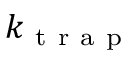
k _ { \mathrm { ~ t ~ r ~ a ~ p ~ } }